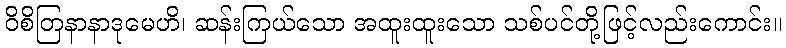
ဝိစိတြနာနာဒုမေဟိ၊ ဆန်းကြယ်သော အထူးထူးသော သစ်ပင်တို့ဖြင့်လည်းကောင်း။